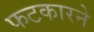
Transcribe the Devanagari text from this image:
फटकारने